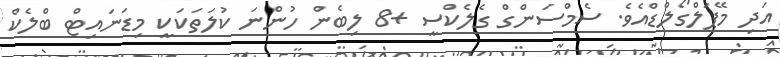
އަދި މޭޕަލްގޯލްޑްއެވެ. ސެމްސަންގް ގެލެކްސީ +8 ލިބެން ހުންނަ ކުލަތަކަކީ މިޑަނައިޓް ބްލެކް